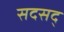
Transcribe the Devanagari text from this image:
सदसद्